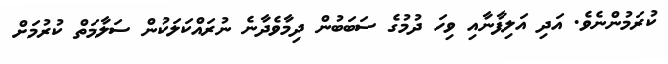
ކުރަމުންނެވެ. އަދި އަލިފާނާއި ވިހަ ދުމުގެ ސަބަބުން ދިމާވެދާނެ ނުރައްކަލަކުން ސަލާމަތް ކުރުމަށް